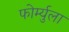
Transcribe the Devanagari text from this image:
फोर्म्युला